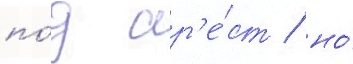
по́д ар'е́ст / но́